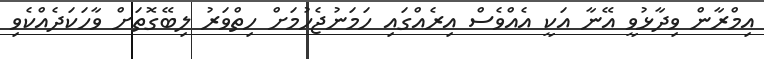
އިމްރާން ވިދާޅުވީ އޭނާ އަކީ އެއްވެސް އިރެއްގައި ހަމަނުޖެހުމަށް ހިތްވަރު ލިބޭގޮތަށް ވާހަކަދެއްކެވި